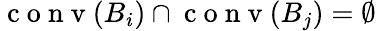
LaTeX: \mathrm{~c~o~n~v~}(B_{i})\cap\mathrm{~c~o~n~v~}(B_{j})=\emptyset